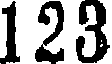
123